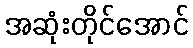
အဆုံးတိုင်အောင်